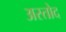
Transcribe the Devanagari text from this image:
अस्तोद